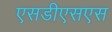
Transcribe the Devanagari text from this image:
एसडीएसएस